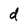
Character: d